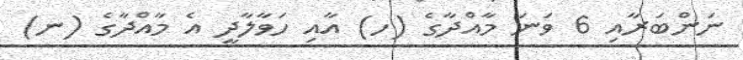
ނަންބަރާއި 6 ވަނަ މާއްދާގެ (ހ) އާއި ހަވާލާދީ އެ މާއްދާގެ (ނ)